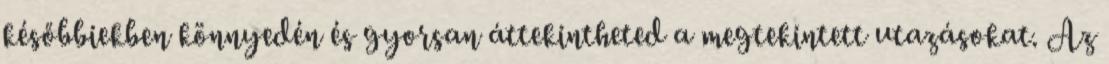
későbbiekben könnyedén és gyorsan áttekintheted a megtekintett utazásokat. Az